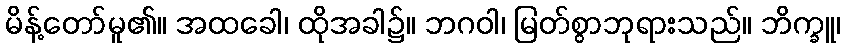
မိန့်တော်မူ၏။ အထခေါ၊ ထိုအခါ၌။ ဘဂဝါ၊ မြတ်စွာဘုရားသည်။ ဘိက္ခူ၊